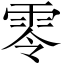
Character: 零